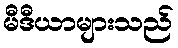
မီဒီယာများသည်